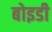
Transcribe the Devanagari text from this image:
बोइडी